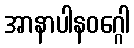
အာနာပါနဝဂ္ဂေါ